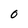
Character: O